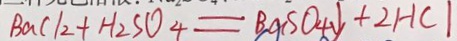
B a C l _ { 2 } + H _ { 2 } S O _ { 4 } = B a S O _ { 4 } \downarrow + 2 H C l